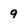
Character: 9